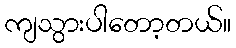
ကျသွားပါတော့တယ်။